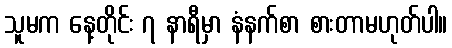
သူမက နေ့တိုင်း ၇ နာရီမှာ နံနက်စာ စားတာမဟုတ်ပါ။